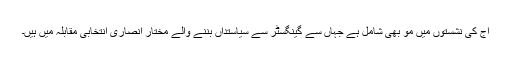
آج کی نشستوں میں مؤ بھی شامل ہے جہاں سے گینگسٹر سے سیاستداں بننے والے مختار انصاری انتخابی مقابلہ میں ہیں۔